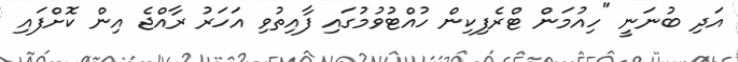
އަދި ބުނަނީ "ހިއުމަން ޓްރެފިކިން ހުއްޓުވުމުގައި ފާއިތުވި އަހަރު ރާއްޖެ އިން ކޮށްފައި